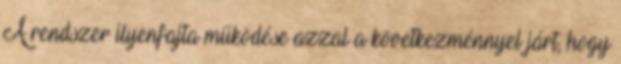
A rendszer ilyenfajta működése azzal a következménnyel járt, hogy